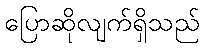
ပြောဆိုလျက်ရှိသည်